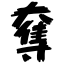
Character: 奪